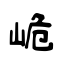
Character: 峗